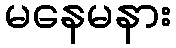
မနေမနား